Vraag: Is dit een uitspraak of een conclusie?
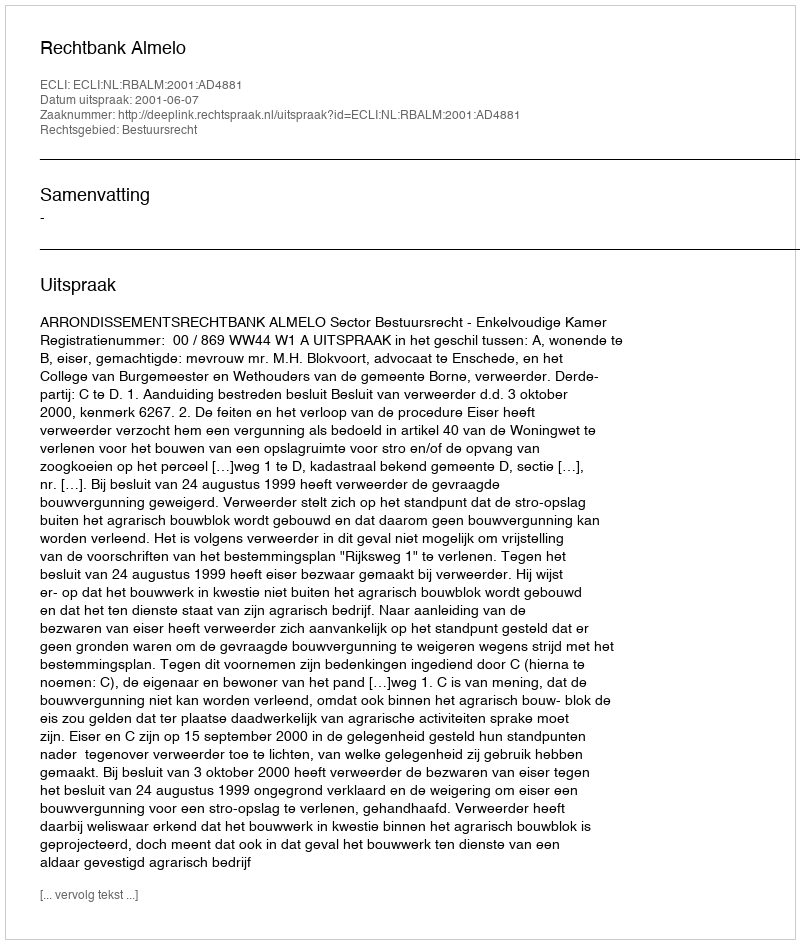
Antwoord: Uitspraak